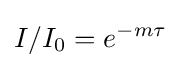
I/I_{0}=e^{-m\tau }